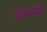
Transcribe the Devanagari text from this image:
प्रथमव